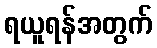
ရယူရန်အတွက်